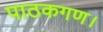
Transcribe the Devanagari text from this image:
पाठकगण।